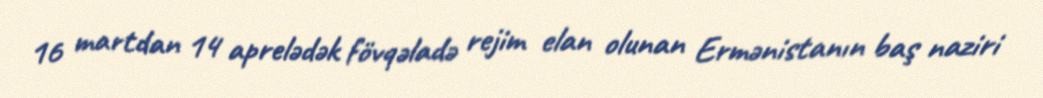
16 martdan 14 aprelədək fövqəladə rejim elan olunan Ermənistanın baş naziri